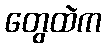
တွေထဲက